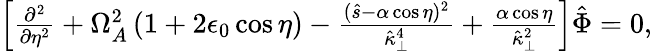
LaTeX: \begin{array}{r}{\left[\frac{\partial^{2}}{\partial\eta^{2}}+\Omega_{A}^{2}\left(1+2\epsilon_{0}\cos\eta\right)-\frac{(\hat{s}-\alpha\cos\eta)^{2}}{\hat{\kappa}_{\perp}^{4}}+\frac{\alpha\cos\eta}{\hat{\kappa}_{\perp}^{2}}\right]\hat{\Phi}=0,}\end{array}